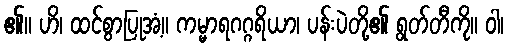
၏။ ဟိ၊ ထင်စွာပြုအံ့။ ကမ္မာရဂဂ္ဂရိယာ၊ ပန်းပဲတို့၏ ရွတ်တီကို။ ဝါ၊